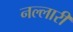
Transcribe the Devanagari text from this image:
नल्लारी